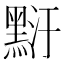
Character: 䵦